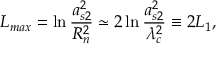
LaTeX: L _ { m a x } = \ln \frac { a _ { s 2 } ^ { 2 } } { R _ { n } ^ { 2 } } \simeq 2 \ln \frac { a _ { s 2 } ^ { 2 } } { \lambda _ { c } ^ { 2 } } \equiv 2 L _ { 1 } ,